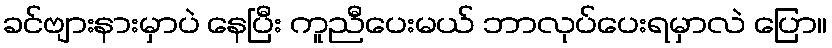
ခင်ဗျားနားမှာပဲ နေပြီး ကူညီပေးမယ် ဘာလုပ်ပေးရမှာလဲ ပြော။